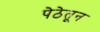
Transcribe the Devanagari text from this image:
पेठेतून